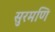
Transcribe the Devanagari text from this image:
सुरमणि